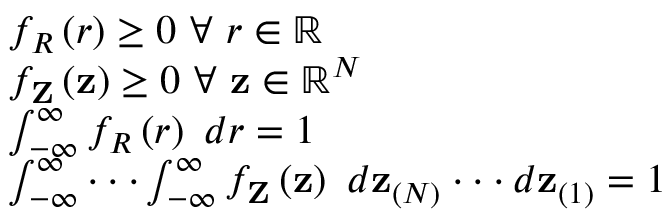
\begin{array} { r l } & { f _ { R } \left( r \right) \geq 0 \ \forall \ r \in \mathbb { R } } \\ & { f _ { \mathbf { Z } } \left( \mathbf { z } \right) \geq 0 \ \forall \ \mathbf { z } \in \mathbb { R } ^ { N } } \\ & { \int _ { - \infty } ^ { \infty } f _ { R } \left( r \right) \ d r = 1 } \\ & { \int _ { - \infty } ^ { \infty } \cdot \cdot \cdot \int _ { - \infty } ^ { \infty } f _ { \mathbf { Z } } \left( \mathbf { z } \right) \ d \mathbf { z } _ { ( N ) } \cdot \cdot \cdot d \mathbf { z } _ { ( 1 ) } = 1 } \end{array}